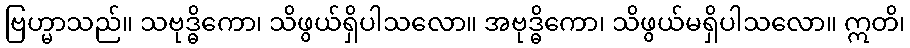
ဗြဟ္မာသည်။ သဗုဒ္ဓိကော၊ သိဖွယ်ရှိပါသလော။ အဗုဒ္ဓိကော၊ သိဖွယ်မရှိပါသလော။ ဣတိ၊